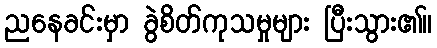
ညနေခင်းမှာ ခွဲစိတ်ကုသမှုများ ပြီးသွား၏။